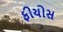
ફીયોસ